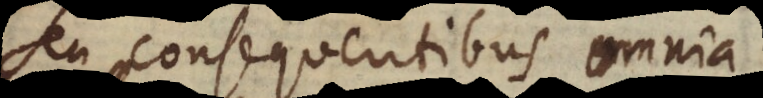
seu consequentibus omnia